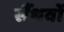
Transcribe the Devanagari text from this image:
सैंधवों